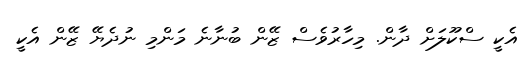
އެކީ ސްކޫލަށް ދާން. މިހާރުވެސް ޒޭން ބުނާނެ މަންމި ނުދެޔޭ ޒޭން އެކީ